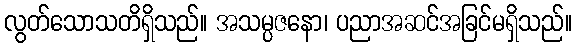
လွတ်သောသတိရှိသည်။ အသမ္ပဇနော၊ ပညာအဆင်အခြင်မရှိသည်။